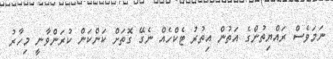
ނަމަވެސް ރައްޔިތުންގެ އަތުން އިތުރު ޓެކްހެއް ނެގޭ ގޮތަށް ކަންކަން ކުރަންވާނީ މިހާރު